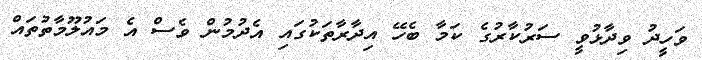
ވަހީދު ވިދާޅުވީ ސަރުކާރުގެ ކަމާ ބެހޭ އިދާރާތަކުގައި އެދުމުން ވެސް އެ މައުލޫމާތުތައް